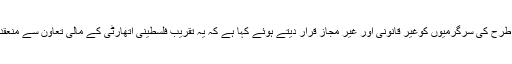
اسرائیلی فوج اس طرح کی سرگرمیوں کوغیر قانونی اور غیر مجاز قرار دیتے ہوئے کہا ہے کہ یہ تقریب فلسطینی اتھارٹی کے مالی تعاون سے منعقد کی جا رہی تھی۔